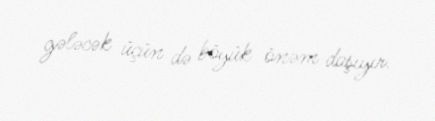
gələcək üçün də böyük önəm daşıyır.